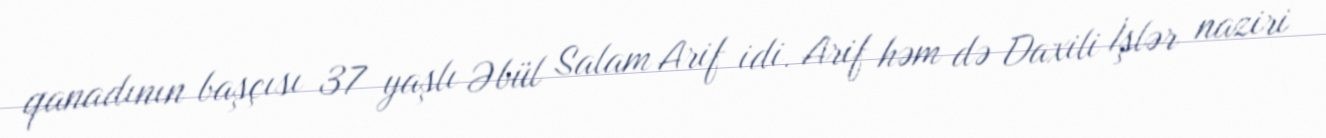
qanadının başçısı 37 yaşlı Əbül Salam Arif idi. Arif həm də Daxili İşlər naziri